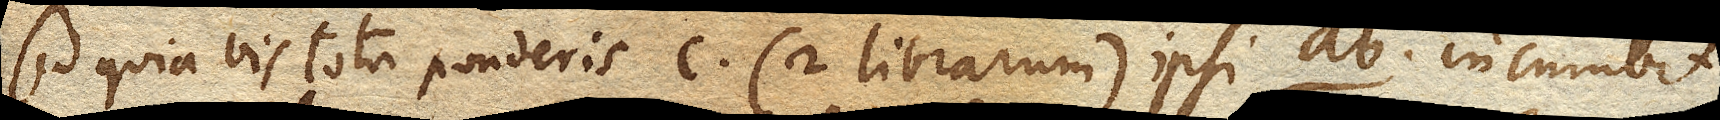
Sed quia vis tota ponderis c. (2 librarum) ipsi ab. incumbit